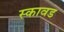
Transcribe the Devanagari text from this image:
स्कावड